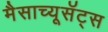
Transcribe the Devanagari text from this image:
मैसाच्यूसॅट्स